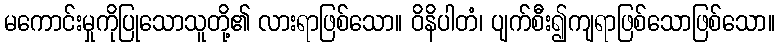
မကောင်းမှုကိုပြုသောသူတို့၏ လားရာဖြစ်သော။ ဝိနိပါတံ၊ ပျက်စီး၍ကျရာဖြစ်သောဖြစ်သော။